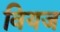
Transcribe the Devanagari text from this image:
वियज